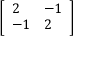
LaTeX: \left[ { \begin{array} { l l } { 2 } & { - 1 } \\ { - 1 } & { 2 } \end{array} } \right]